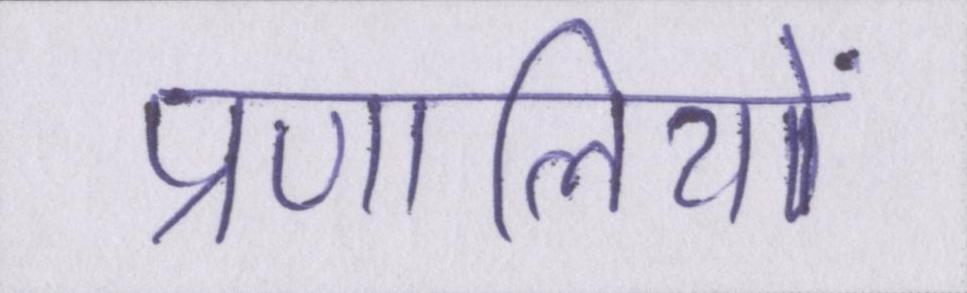
प्रणालियों